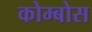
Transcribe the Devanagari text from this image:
कोम्बोस